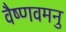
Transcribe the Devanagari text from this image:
वैष्णवमनु